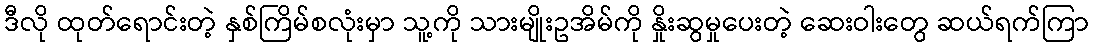
ဒီလို ထုတ်ရောင်းတဲ့ နှစ်ကြိမ်စလုံးမှာ သူ့ကို သားမျိုးဥအိမ်ကို နှိုးဆွမှုပေးတဲ့ ဆေးဝါးတွေ ဆယ်ရက်ကြာ